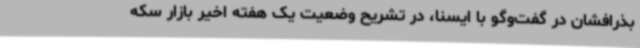
بذرافشان در گفت‌وگو با ایسنا، در تشریح وضعیت یک هفته اخیر بازار سکه